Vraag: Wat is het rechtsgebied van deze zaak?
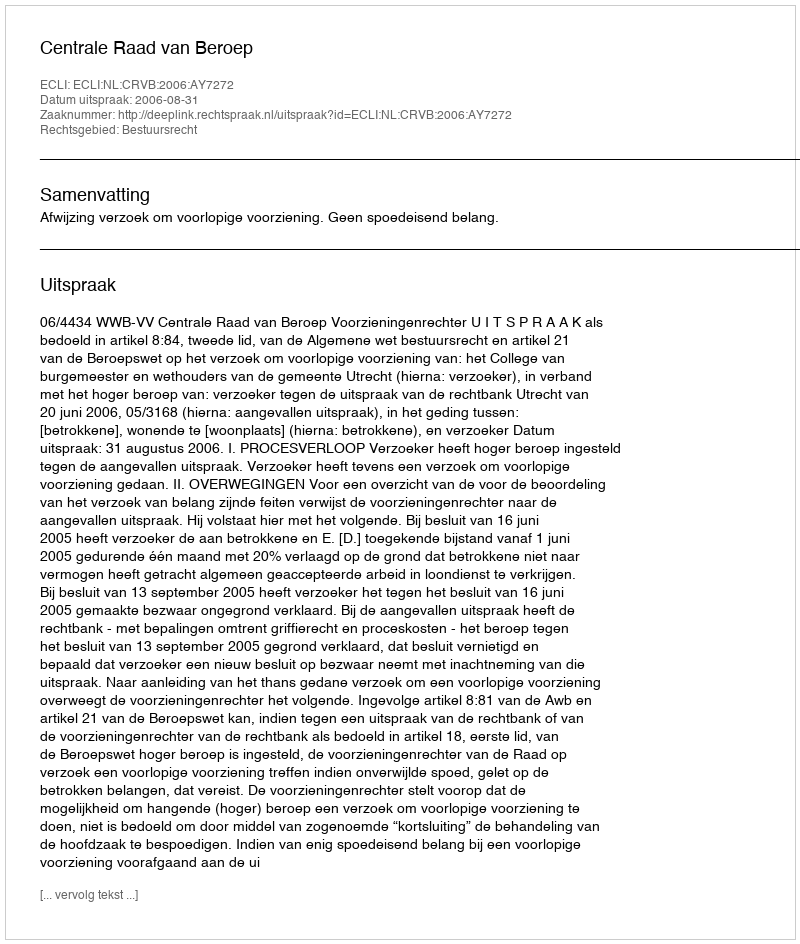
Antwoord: Bestuursrecht